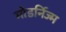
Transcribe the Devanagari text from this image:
मोडर्निज्म